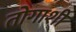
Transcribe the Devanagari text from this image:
तोगाशी